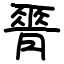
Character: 𦟝